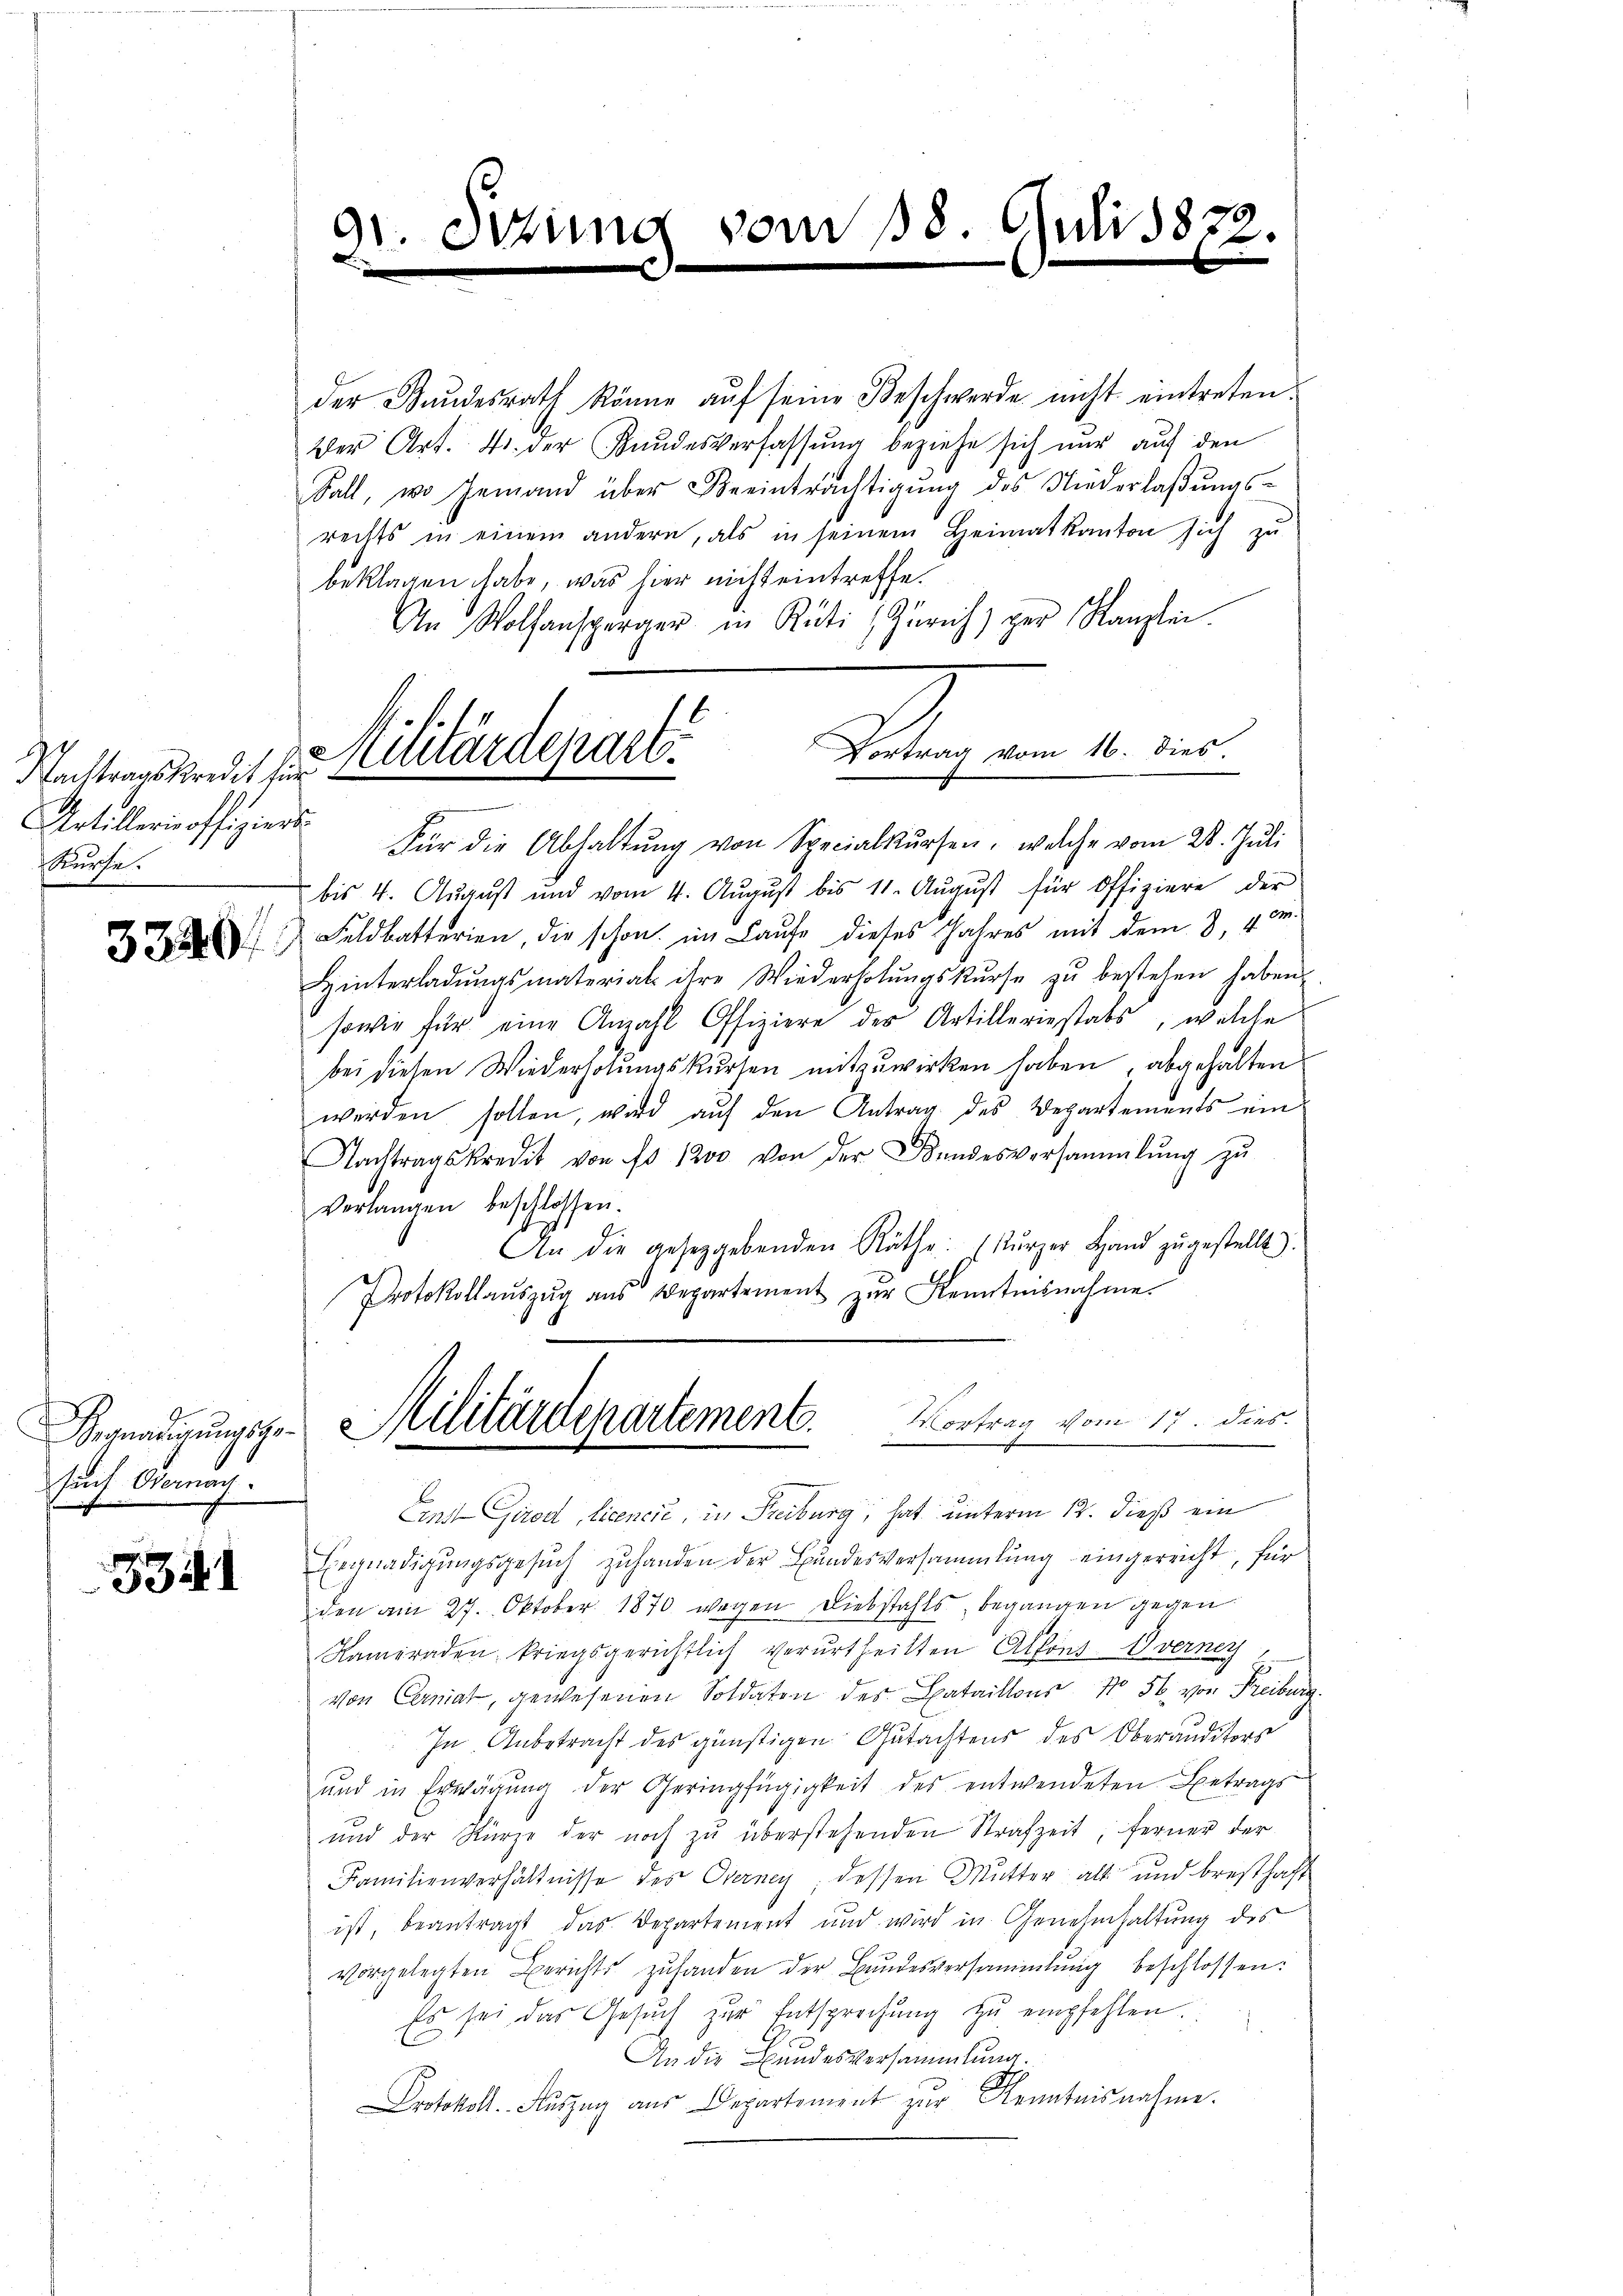
Nachtragskredit für
Artillerisoffiziers
Kürche.

Hegnadigungsgesuch Obernach.

5341

91. Dezung
A

der Bundesrath könne aŭf seine Beschwerde nicht eintreten.
Der Art. 4. der Kundesverfassung beziehe sich nur auf den
Fall, wo jemand über Beeinträchtigŭng des Niederlaβŭngs-
rechts in einem andern, als in seinem Heimatkanton sich zu
beklagen habe, was hier nicht eintreffe.
An Wolfensperger in Rüti (Zürich) der Kanzlei-
für die Abhaltŭng von Specialkŭrsen, welche vom 28. Juli
bis 4. August und vom 4. Aŭgŭst bis 11. Aŭgŭst für Offiziere der
  Feldbatterien, die schon im Laŭfe dieses Jahres mit dem 3, 4 m
Hinterladŭngsmaterial ihre Wiederholŭngskŭrse zŭ bestehen haben.
sowie für eine Anzahl Offiziere des Artilleriestats, welche
bei diesen Wiederholungskursen mitzuwirken haben, abgehalten
werden sollen, wird aŭf den Antrag des Departements ein
Nachtragskredit von No 1200 von der Bundesversammlung zŭ
verlangen beschlossen.
An die gesetzgebenden Räthe: kŭrzer Hand zŭgestellt.
Protokollaŭszŭg ans Departement zŭr Kenntnisnahme.
Militärdepartement. Vortrag vom 17. dies.
Ernst Girod, Licencie, in Freiburg, hat unterm 12. dieß ein
Begnadigungsgesuch zuhanden der Bundesversammlung eingereicht, für
den am 27. Oktober 1870 wegen Diebstahls, begangen gegen
Kameraden kriegsgerichtlich verurtheilten Alfont. Overney
von Canat, gewesenen Soldaten des Bataillons No 56 von Freiburg
In Anbetracht des günstigen Gutachtens des Oberauditors
und in Erwägŭng der Geringfügigkeit des entwendeten Betrags
und der Kürze der noch zŭ überstehenden Strafzeit, ferner der
Familienverhältnisse des Oberney, dessen Mutter alt und bresthaft
ist, beantragt das Departement und wird in Genehmhaltung des
vorgelegten Berichts zŭ handen der Bŭndesversammlung beschlossen:
Es sei das Gesŭch zur Entsprechung zŭ empfehlen.
.
An die Bundesversammlung.
Protokoll. Auszug aus Departement zur Kenntnisnahme.

Siegen u. mi
Militäraenart.

vom 18. Juli 1872.